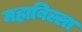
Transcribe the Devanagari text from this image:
महाबिल्ला